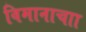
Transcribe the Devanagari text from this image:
विमानाचाा